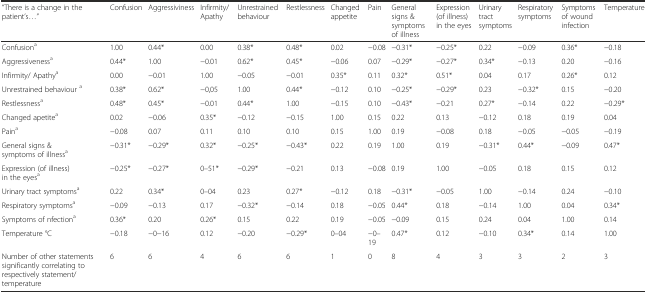
<table><thead><tr><td><b>“There is a change in the patient’s...”</b></td><td><b>Confusion</b></td><td><b>Aggressiviness</b></td><td><b>Infirmity/ Apathy</b></td><td><b>Unrestrained behaviour</b></td><td><b>Restlessness</b></td><td><b>Changed appetite</b></td><td><b>Pain</b></td><td><b>General signs &amp; symptoms of illness</b></td><td><b>Expression (of illness) in the eyes</b></td><td><b>Urinary tract symptoms</b></td><td><b>Respiratory symptoms</b></td><td><b>Symptoms of wound infection</b></td><td><b>Temperature</b></td></tr></thead><tbody><tr><td>Confusion<sup>a</sup></td><td>1.00</td><td>0.44*</td><td>0.00</td><td>0.38*</td><td>0.48*</td><td>0.02</td><td>−0.08</td><td>−0.31*</td><td>−0.25*</td><td>0.22</td><td>−0.09</td><td>0.36*</td><td>−0.18</td></tr><tr><td>Aggressiveness<sup>a</sup></td><td>0.44*</td><td>1.00</td><td>−0.01</td><td>0.62*</td><td>0.45*</td><td>−0.06</td><td>0.07</td><td>−0.29*</td><td>−0.27*</td><td>0.34*</td><td>−0.13</td><td>0.20</td><td>−0.16</td></tr><tr><td>Infirmity/ Apathy<sup>a</sup></td><td>0.00</td><td>−0.01</td><td>1.00</td><td>−0.05</td><td>−0.01</td><td>0.35*</td><td>0.11</td><td>0.32*</td><td>0.51*</td><td>0.04</td><td>0.17</td><td>0.26*</td><td>0.12</td></tr><tr><td>Unrestrained behaviour <sup>a</sup></td><td>0.38*</td><td>0.62*</td><td>−0,05</td><td>1.00</td><td>0.44*</td><td>−0.12</td><td>0.10</td><td>−0.25*</td><td>−0.29*</td><td>0.23</td><td>−0.32*</td><td>0.15</td><td>−0.20</td></tr><tr><td>Restlessness<sup>a</sup></td><td>0.48*</td><td>0.45*</td><td>−0.01</td><td>0.44*</td><td>1.00</td><td>−0.15</td><td>0.10</td><td>−0.43*</td><td>−0.21</td><td>0.27*</td><td>−0.14</td><td>0.22</td><td>−0.29*</td></tr><tr><td>Changed apetite<sup>a</sup></td><td>0.02</td><td>−0.06</td><td>0.35*</td><td>−0.12</td><td>−0.15</td><td>1.00</td><td>0.15</td><td>0.22</td><td>0.13</td><td>−0.12</td><td>0.18</td><td>0.19</td><td>0.04</td></tr><tr><td>Pain<sup>a</sup></td><td>−0.08</td><td>0.07</td><td>0.11</td><td>0.10</td><td>0.10</td><td>0.15</td><td>1.00</td><td>0.19</td><td>−0.08</td><td>0.18</td><td>−0.05</td><td>−0.05</td><td>−0.19</td></tr><tr><td>General signs &amp; symptoms of illness<sup>a</sup></td><td>−0.31*</td><td>−0.29*</td><td>0.32*</td><td>−0.25*</td><td>−0.43*</td><td>0.22</td><td>0.19</td><td>1.00</td><td>0.19</td><td>−0.31*</td><td>0.44*</td><td>−0.09</td><td>0.47*</td></tr><tr><td>Expression (of illness) in the eyes<sup>a</sup></td><td>−0.25*</td><td>−0.27*</td><td>0–51*</td><td>−0.29*</td><td>−0.21</td><td>0.13</td><td>−0.08</td><td>0.19</td><td>1.00</td><td>−0.05</td><td>0.18</td><td>0.15</td><td>0.12</td></tr><tr><td>Urinary tract symptoms<sup>a</sup></td><td>0.22</td><td>0.34*</td><td>0–04</td><td>0.23</td><td>0.27*</td><td>−0.12</td><td>0.18</td><td>−0.31*</td><td>−0.05</td><td>1.00</td><td>−0.14</td><td>0.24</td><td>−0.10</td></tr><tr><td>Respiratory symptoms<sup>a</sup></td><td>−0.09</td><td>−0.13</td><td>0.17</td><td>−0.32*</td><td>−0.14</td><td>0.18</td><td>−0.05</td><td>0.44*</td><td>0.18</td><td>−0.14</td><td>1.00</td><td>0.04</td><td>0.34*</td></tr><tr><td>Symptoms of nfection<sup>a</sup></td><td>0.36*</td><td>0.20</td><td>0.26*</td><td>0.15</td><td>0.22</td><td>0.19</td><td>−0.05</td><td>−0.09</td><td>0.15</td><td>0.24</td><td>0.04</td><td>1.00</td><td>0.14</td></tr><tr><td>Temperature °C</td><td>−0.18</td><td>−0−16</td><td>0.12</td><td>−0.20</td><td>−0.29*</td><td>0–04</td><td>−0–19</td><td>0.47*</td><td>0.12</td><td>−0.10</td><td>0.34*</td><td>0.14</td><td>1.00</td></tr><tr><td>Number of other statements significantly correlating to respectively statement/temperature</td><td>6</td><td>6</td><td>4</td><td>6</td><td>6</td><td>1</td><td>0</td><td>8</td><td>4</td><td>3</td><td>3</td><td>2</td><td>3</td></tr></tbody></table>